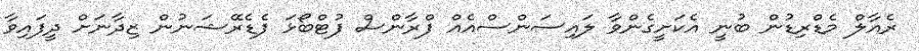
ރެއާލް މެޑްރިޑުން ބުނީ އެކަށީގެންވާ ލައިސަންސްއެއް ފްރާންސް ފުޓްބޯޅަ ފެޑެރޭޝަނުން ޒިދާނަށް ދީފައިވާ